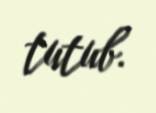
tutub.